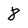
Character: 8